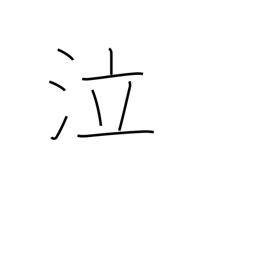
Meaning: weep